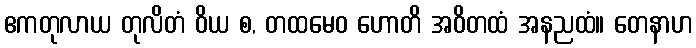
ဧကတုလာယ တုလိတံ ဝိယ စ, တထမေဝ ဟောတိ အဝိတထံ အနညထံ။ တေနာဟ